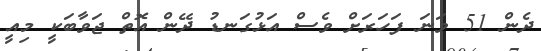
ދެން 51 ވަނަ ފަހަރަށް ވެސް އަޅުގަނޑު ދޭން އޮތް ޖަވާބަކީ މިއީ